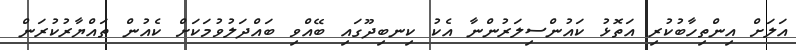
އަލަށް އިންތިހާބުކުރި އަތޮޅު ކައުންސިލަރުންނާ އެކު ކިނބިދޫގައި ބޭއްވި ބައްދަލުވުމަކަށް ކެއުން ތައްޔާރުކުރަން